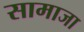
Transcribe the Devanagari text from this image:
सामाजा